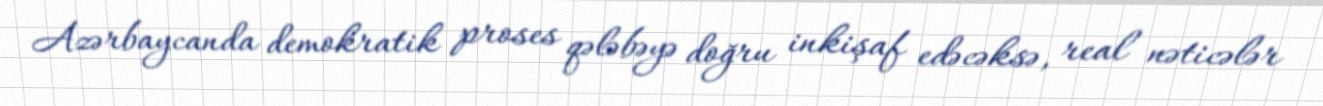
Azərbaycanda demokratik proses qələbəyə doğru inkişaf edəcəksə, real nəticələr